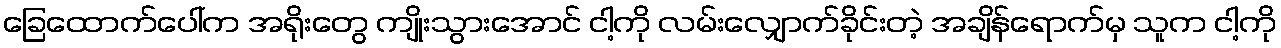
ခြေထောက်ပေါ်က အရိုးတွေ ကျိုးသွားအောင် ငါ့ကို လမ်းလျှောက်ခိုင်းတဲ့ အချိန်ရောက်မှ သူက ငါ့ကို